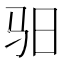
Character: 驲